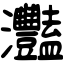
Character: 灩